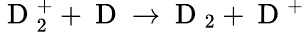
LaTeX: \mathrm{~D~}_{2}^{+}+\mathrm{~D~}\rightarrow\mathrm{~D~}_{2}+\mathrm{~D~}^{+}